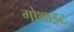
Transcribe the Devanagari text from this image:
गोथाइट